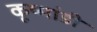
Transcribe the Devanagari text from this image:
कूष्मांडी